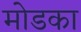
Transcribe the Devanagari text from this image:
मोडका